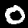
Label: 0